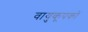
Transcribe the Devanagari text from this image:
वायुकूपकों